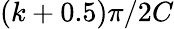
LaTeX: (k+0.5)\pi/2C